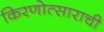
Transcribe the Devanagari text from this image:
किरणोत्साराची